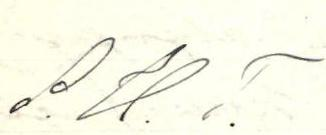
S.U.T.